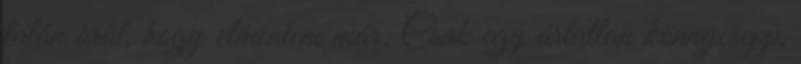
talán örül, hogy elmentem már. Csak egy ártatlan könnycsepp,